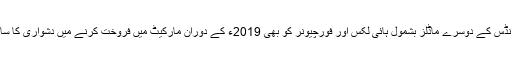
ٹویوٹا انڈس کے دوسرے ماڈلز بشمول ہائی لکس اور فورچیونر کو بھی 2019ء کے دوران مارکیٹ میں فروخت کرنے میں دشواری کا سامنا رہا۔